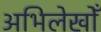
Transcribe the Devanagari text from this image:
अभिलेखोँ